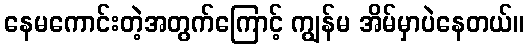
နေမကောင်းတဲ့အတွက်ကြောင့် ကျွန်မ အိမ်မှာပဲနေတယ်။